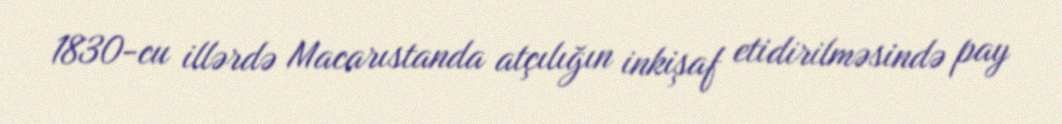
1830-cu illərdə Macarıstanda atçılığın inkişaf etidirilməsində pay